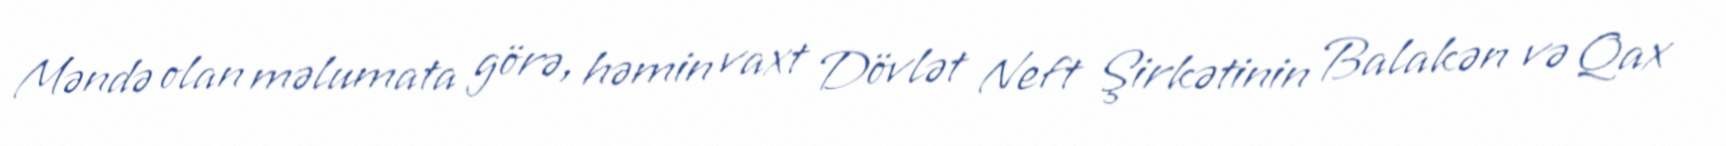
Məndə olan məlumata görə, həmin vaxt Dövlət Neft Şirkətinin Balakən və Qax